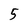
Character: 5